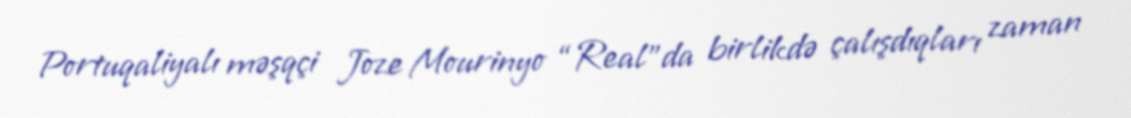
Portuqaliyalı məşqçi Joze Mourinyo “Real”da birlikdə çalışdıqları zaman